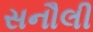
સનૌલી